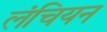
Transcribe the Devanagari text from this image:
लंचियन